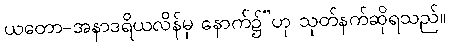
ယတော-အနာဒရိယလိန်မှ နောက်၌”ဟု သုတ်နက်ဆိုရသည်။